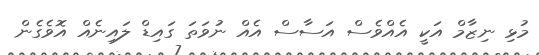
މުޅި ނިޒާމް އަކީ އެއްވެސް އަސާސް އެއް ނުވަތަ ގައިޑް ލައިނެއް އޮވެގެން